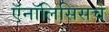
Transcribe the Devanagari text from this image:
ऍनॉलिसिसचे